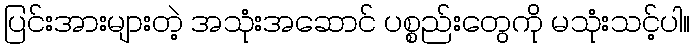
ပြင်းအားများတဲ့ အသုံးအဆောင် ပစ္စည်းတွေကို မသုံးသင့်ပါ။